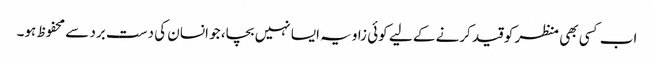
اب کسی بھی منظر کو قید کرنے کے لیے کوئی زاویہ ایسا نہیں بچا، جو انسان کی دست برد سے محفوظ ہو۔